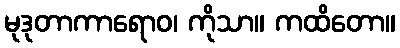
မုဒုတာကာရောဝ၊ ကိုသာ။ ကထိတော။